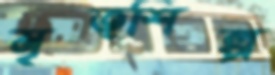
মৃত্শিল্প